[Report on the health of British troops in the Madras command]
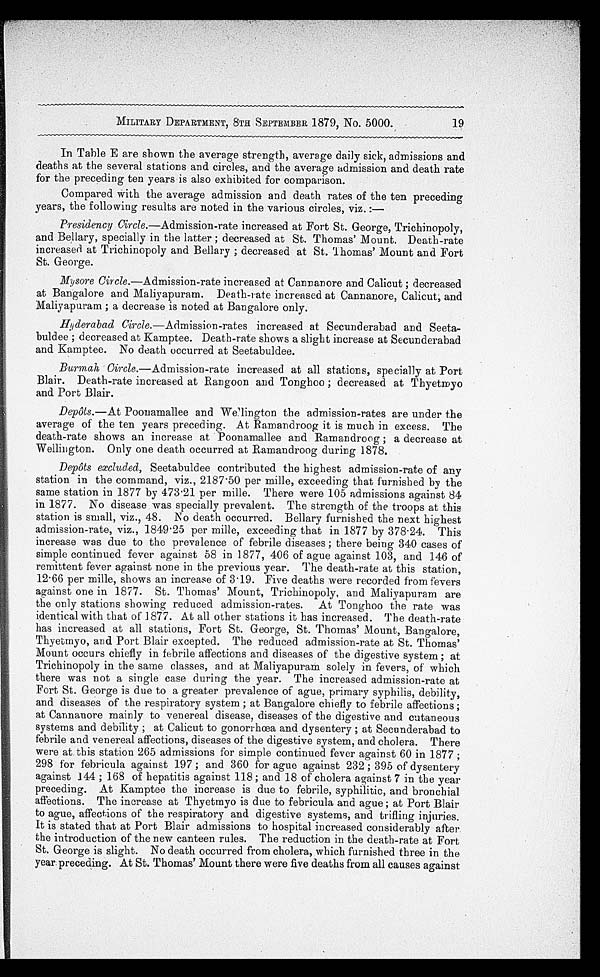
MILITARY DEPARTMENT, 8TH SEPTEMBER 1879, No. 5000.
19
In Table E are shown the average strength, average daily sick, admissions and
deaths at the several stations and circles, and the average admission and death rate
for the preceding ten years is also exhibited for comparison.
Compared with the average admission and death rates of the ten preceding
years, the following results are noted in the various circles, viz. :—
Presidency Circle. —Admission-rate increased at Fort St. George, Trichinopoly,
and Bellary, specially in the latter ; decreased at St. Thomas' Mount. Death-rate
increased at Trichinopoly and Bellary ; decreased at St. Thomas' Mount and Fort
St. George.
Mysore Circle.—Admission-rate increased at Cannanore and Calicut ; decreased
at Bangalore and Maliyapuram. Death-rate increased at Cannanore, Calicut; and
Maliyapuram ; a decrease is noted at Bangalore only.
Hy
derabad Circle. —Admission-rates increased at Secunderabad and Seeta
-buldee ; decreased at Kamptee. Death-rate shows a slight increase at Secunderabad
and Kamptee. No death occurred at Seetabuldee.
Burmah Circle. —Admission-rate increased at all stations, specially at Port
Blair. Death-rate increased at Rangoon and Tonghoo ; decreased at Thyetmyo
and Port Blair.
Depôts.— At Poonamallee and Wellington the admission-rates are under the
average of the ten years preceding. At Ramandroog it is much in excess. The
death-rate shows an increase at Poonamallee and Ramandroog ; a decrease at
Wellington. Only one death occurred at Ramandroog during 1878.
Depôts excluded, Seetabuldee contributed the highest admission-rate of any
station in the command, viz., 2187.50 per mile, exceeding that furnished by the
same station in 1877 by 473.21 per mile. There were 105 admissions against 84
in 1877. No disease was specially prevalent. The strength of the troops at this
station is small, viz., 48. No death occurred. Bellary furnished the next highest
admission-rate, viz., 1849.25 per mile, exceeding that in 1877 by 378.24. This
increase was due to the prevalence of febrile diseases ; there being 340 cases of
simple continued fever against 58 in 1877, 406 of ague against 103, and 146 of
remittent fever against none in the previous year. The death-rate at this station,
12.66 per mile, shows an increase of 3.19. Five deaths were recorded from fevers
against one in 1877. St. Thomas' Mount, Trichinopoly, and Maliyapuram are
the only stations showing reduced admission-rates. At Tonghoo the rate was
identical with that of 1877. At all other stations it has increased. The death-rate
has increased at all stations, Fort St. George, St. Thomas' Mount, Bangalore,
Thyetmyo, and Port Blair excepted. The reduced admission-rate at St. Thomas'
Mount occurs chiefly in febrile affections and diseases of the digestive system; at
Trichinopoly in the same classes, and at Maliyapuram solely in fevers, of which
there was not a single case during the year. The increased admission-rate at
Fort St. George is due to a greater prevalence of ague, primary syphilis, debility,
and diseases of the respiratory system ; at Bangalore chiefly to febrile affections ;
at Cannanore mainly to venereal disease, diseases of the digestive and cutaneous
systems and debility ; at Calicut to gonorrhœa and dysentery ; at Secunderabad to
febrile and venereal affections, diseases of the digestive system, and cholera. There
were at this station 265 admissions for simple continued fever against 60 in 1877 ;
298 for febricula against 197 ; and 360 for ague against 232 ; 395 of dysentery
against 144 ; 168 of hepatitis against 118; and 18 of cholera against 7 in the year
preceding. At Kamptee the increase is due to febrile, syphilitic, and bronchial
affections. The increase at Thyetmyo is due to febricula and ague; at Port Blair
to ague, affections of the respiratory and digestive systems, and trifling injuries.
It is stated that at Port Blair admissions to hospital increased considerably after
the introduction of the new canteen rules. The reduction in the death-rate at Fort
St. George is slight. No death occurred from cholera, which furnished three in the
year preceding. At St. Thomas' Mount there were five deaths from all causes against